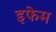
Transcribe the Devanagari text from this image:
इफेम